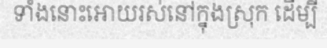
ទាំងនោះអោយរស់នៅក្នុងស្រុក ដើម្បី